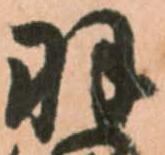
羽